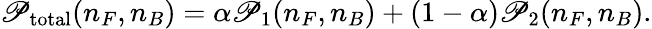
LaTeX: \mathscr{P}_{\mathrm{{total}}}(n_{F},n_{B})=\alpha\mathscr{P}_{1}(n_{F},n_{B})+(1-\alpha)\mathscr{P}_{2}(n_{F},n_{B}).